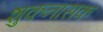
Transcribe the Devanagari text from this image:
शुकनासक